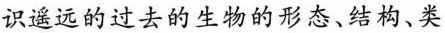
识遥远的过去的生物的形态、结构、类